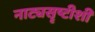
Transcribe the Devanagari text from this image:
नाट्यसॄष्टीशी